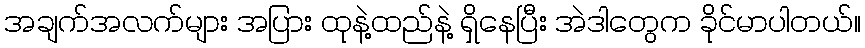
အချက်အလက်များ အပြား ထုနဲ့ထည်နဲ့ ရှိနေပြီး အဲဒါတွေက ခိုင်မာပါတယ်။